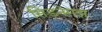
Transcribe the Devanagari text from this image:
सिडनेमझ